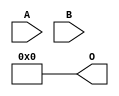
// This program was cloned from: https://github.com/ehw-fit/evoapproxlib
// License: MIT License

/***
* This code is a part of EvoApproxLib library (ehw.fit.vutbr.cz/approxlib) distributed under The MIT License.
* When used, please cite the following article(s): V. Mrazek, L. Sekanina, Z. Vasicek "Libraries of Approximate Circuits: Automated Design and Application in CNN Accelerators" IEEE Journal on Emerging and Selected Topics in Circuits and Systems, Vol 10, No 4, 2020 
* This file contains a circuit from a sub-set of pareto optimal circuits with respect to the pwr and wce parameters
***/
// MAE% = 21.79 %
// MAE = 446 
// WCE% = 87.16 %
// WCE = 1785 
// WCRE% = 100.00 %
// EP% = 87.16 %
// MRE% = 100.00 %
// MSE = 380056 
// PDK45_PWR = 0.000 mW
// PDK45_AREA = 0.0 um2
// PDK45_DELAY = 0.00 ns

module mul8x3u_0QB (
    A,
    B,
    O
);

input [7:0] A;
input [2:0] B;
output [10:0] O;
assign O[10] = 1'b0;
assign O[9] = 1'b0;
assign O[8] = 1'b0;
assign O[7] = 1'b0;
assign O[6] = 1'b0;
assign O[5] = 1'b0;
assign O[4] = 1'b0;
assign O[3] = 1'b0;
assign O[2] = 1'b0;
assign O[1] = 1'b0;
assign O[0] = 1'b0;

endmodule